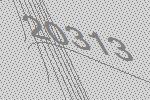
20313